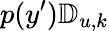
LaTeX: p(y^{\prime})\mathbb{D}_{u,k}